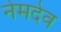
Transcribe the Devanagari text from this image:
नेमदेव